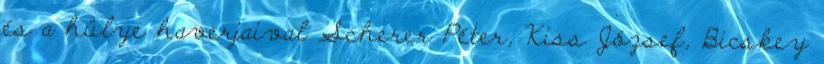
és a hülye haverjaival Scherer Péter, Kiss József, Bicskey